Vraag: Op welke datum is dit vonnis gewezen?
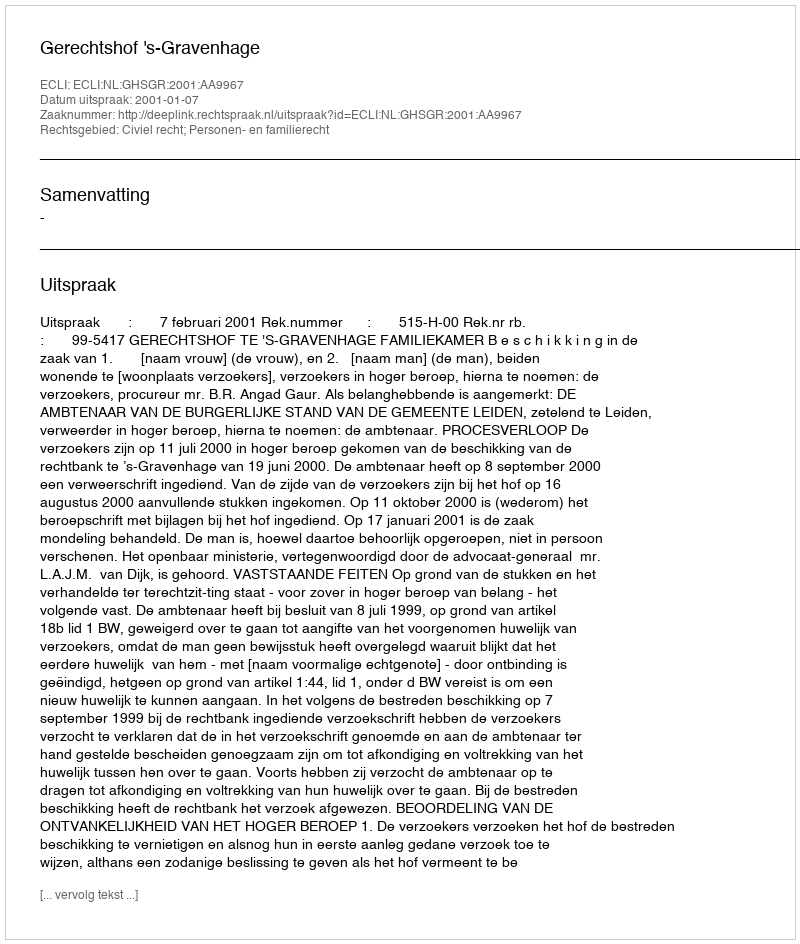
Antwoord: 2001-01-07